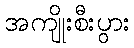
အကျိုးစီးပွား